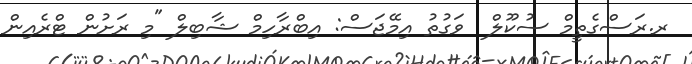
ރ.ރަސްގެތީމް ސުކޫލް  ވަގުތު އިމޭޖަސް: އިބްރާހިމް ޝާބިލް "މި ރަށުން ޓްރެއިން